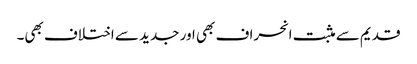
قدیم سے مثبت انحراف بھی اور جدید سے اختلاف بھی۔